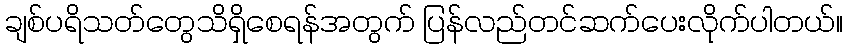
ချစ်ပရိသတ်တွေသိရှိစေရန်အတွက် ပြန်လည်တင်ဆက်ပေးလိုက်ပါတယ်။